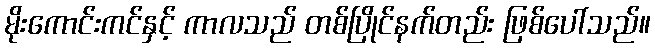
မိုးကောင်းကင်နှင့် ကာလသည် တစ်ပြိုင်နက်တည်း ဖြစ်ပေါ်သည်။